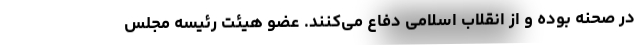
در صحنه بوده و از انقلاب اسلامی دفاع می‌کنند. عضو هیئت رئیسه مجلس